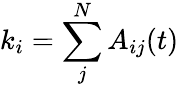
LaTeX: k_{i}=\sum_{j}^{N}A_{ij}(t)